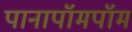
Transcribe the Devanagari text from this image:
पानापॉमपॉम